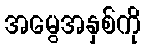
အမွေအနှစ်ကို